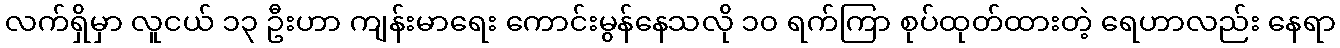
လက်ရှိမှာ လူငယ် ၁၃ ဦးဟာ ကျန်းမာရေး ကောင်းမွန်နေသလို ၁၀ ရက်ကြာ စုပ်ထုတ်ထားတဲ့ ရေဟာလည်း နေရာ